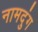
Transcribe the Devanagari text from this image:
नामदुंग